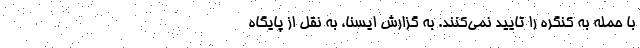
با حمله به کنگره را تایید نمی‌کنند. به گزارش ایسنا، به نقل از پایگاه